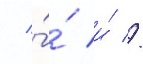
/ ́́ и́ //